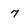
Character: 7